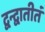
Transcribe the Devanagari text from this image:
द्वन्द्वातीतं